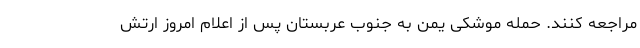
مراجعه کنند. حمله موشکی یمن به جنوب عربستان پس از اعلام امروز ارتش